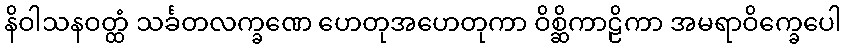
နိဝါသနဝတ္ထံ သင်္ခတလက္ခဏေ ဟေတုအဟေတုကာ ဝိစ္ဆိကာဠိကာ အမရာဝိက္ခေပေါ